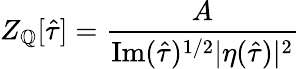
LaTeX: Z_{\mathbb{Q}}[\hat{{\tau}}]=\frac{{A}}{{\mathrm{{Im}}(\hat{{\tau}})^{1/2}|\eta(\hat{{\tau}})|^{2}}}